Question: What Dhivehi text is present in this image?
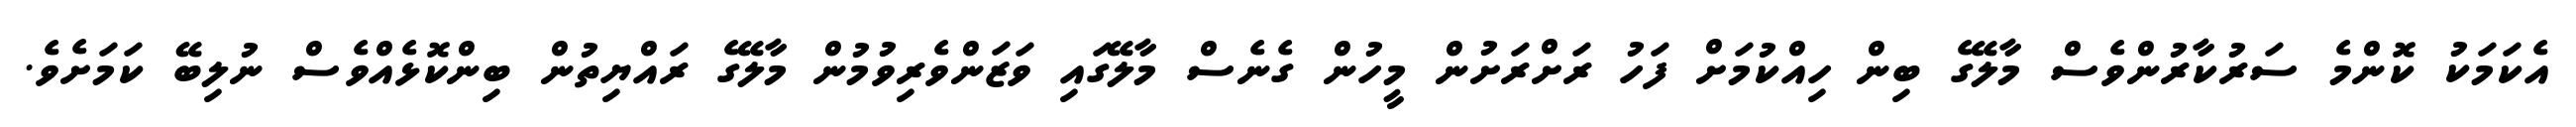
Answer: އެކަމަކު ކޮންމެ ސަރުކާރުންވެސް މާލޭގެ ބިން ހިއްކުމަށް ފަހު ރަށްރަށުން މީހުން ގެނެސް މާލޭގައި ވަޒަންވެރިވުމުން މާލޭގެ ރައްޔިތުން ބިންކޮޅެއްވެސް ނުލިބޭ ކަމަށެވެ.